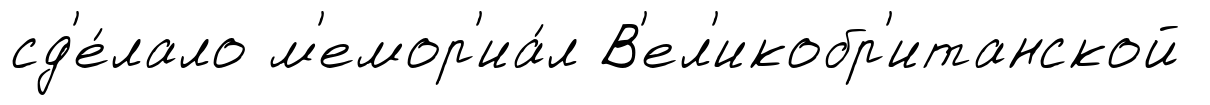
сд'е́лало м'емор'иа́л В'ел'икобр'итанской